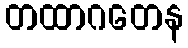
တထာဂတေန